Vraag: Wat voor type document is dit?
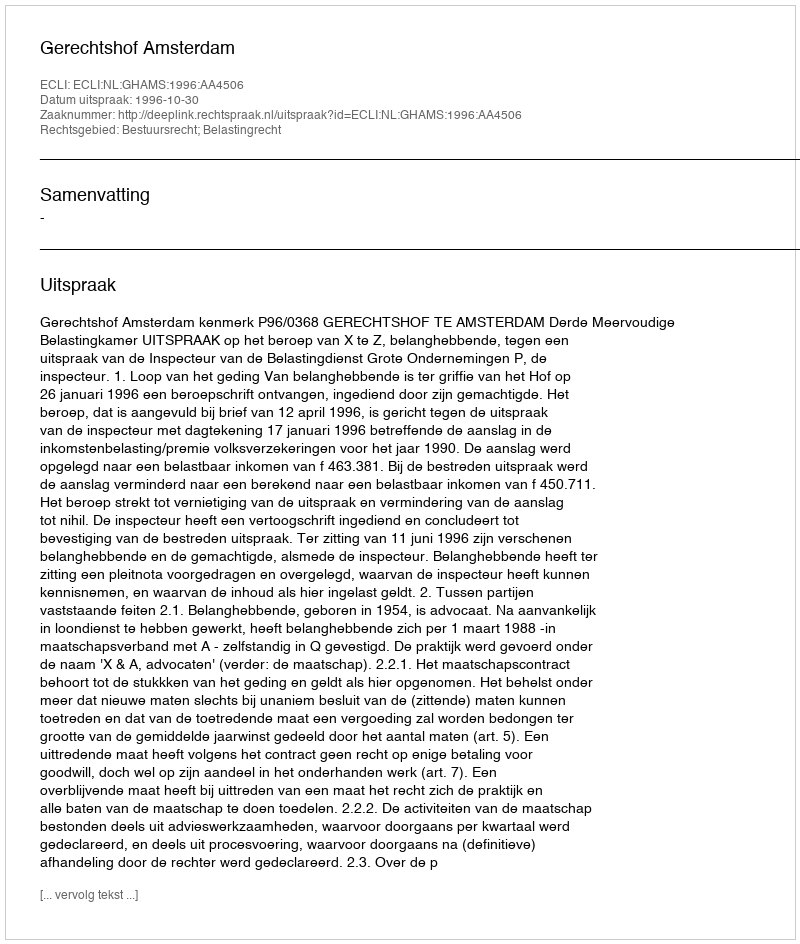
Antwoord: Uitspraak